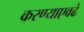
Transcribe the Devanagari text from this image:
करण्याएवढे